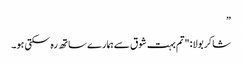
”
شاکر بولا: "تم بہت شوق سے ہمارے ساتھ رہ سکتی ہو۔